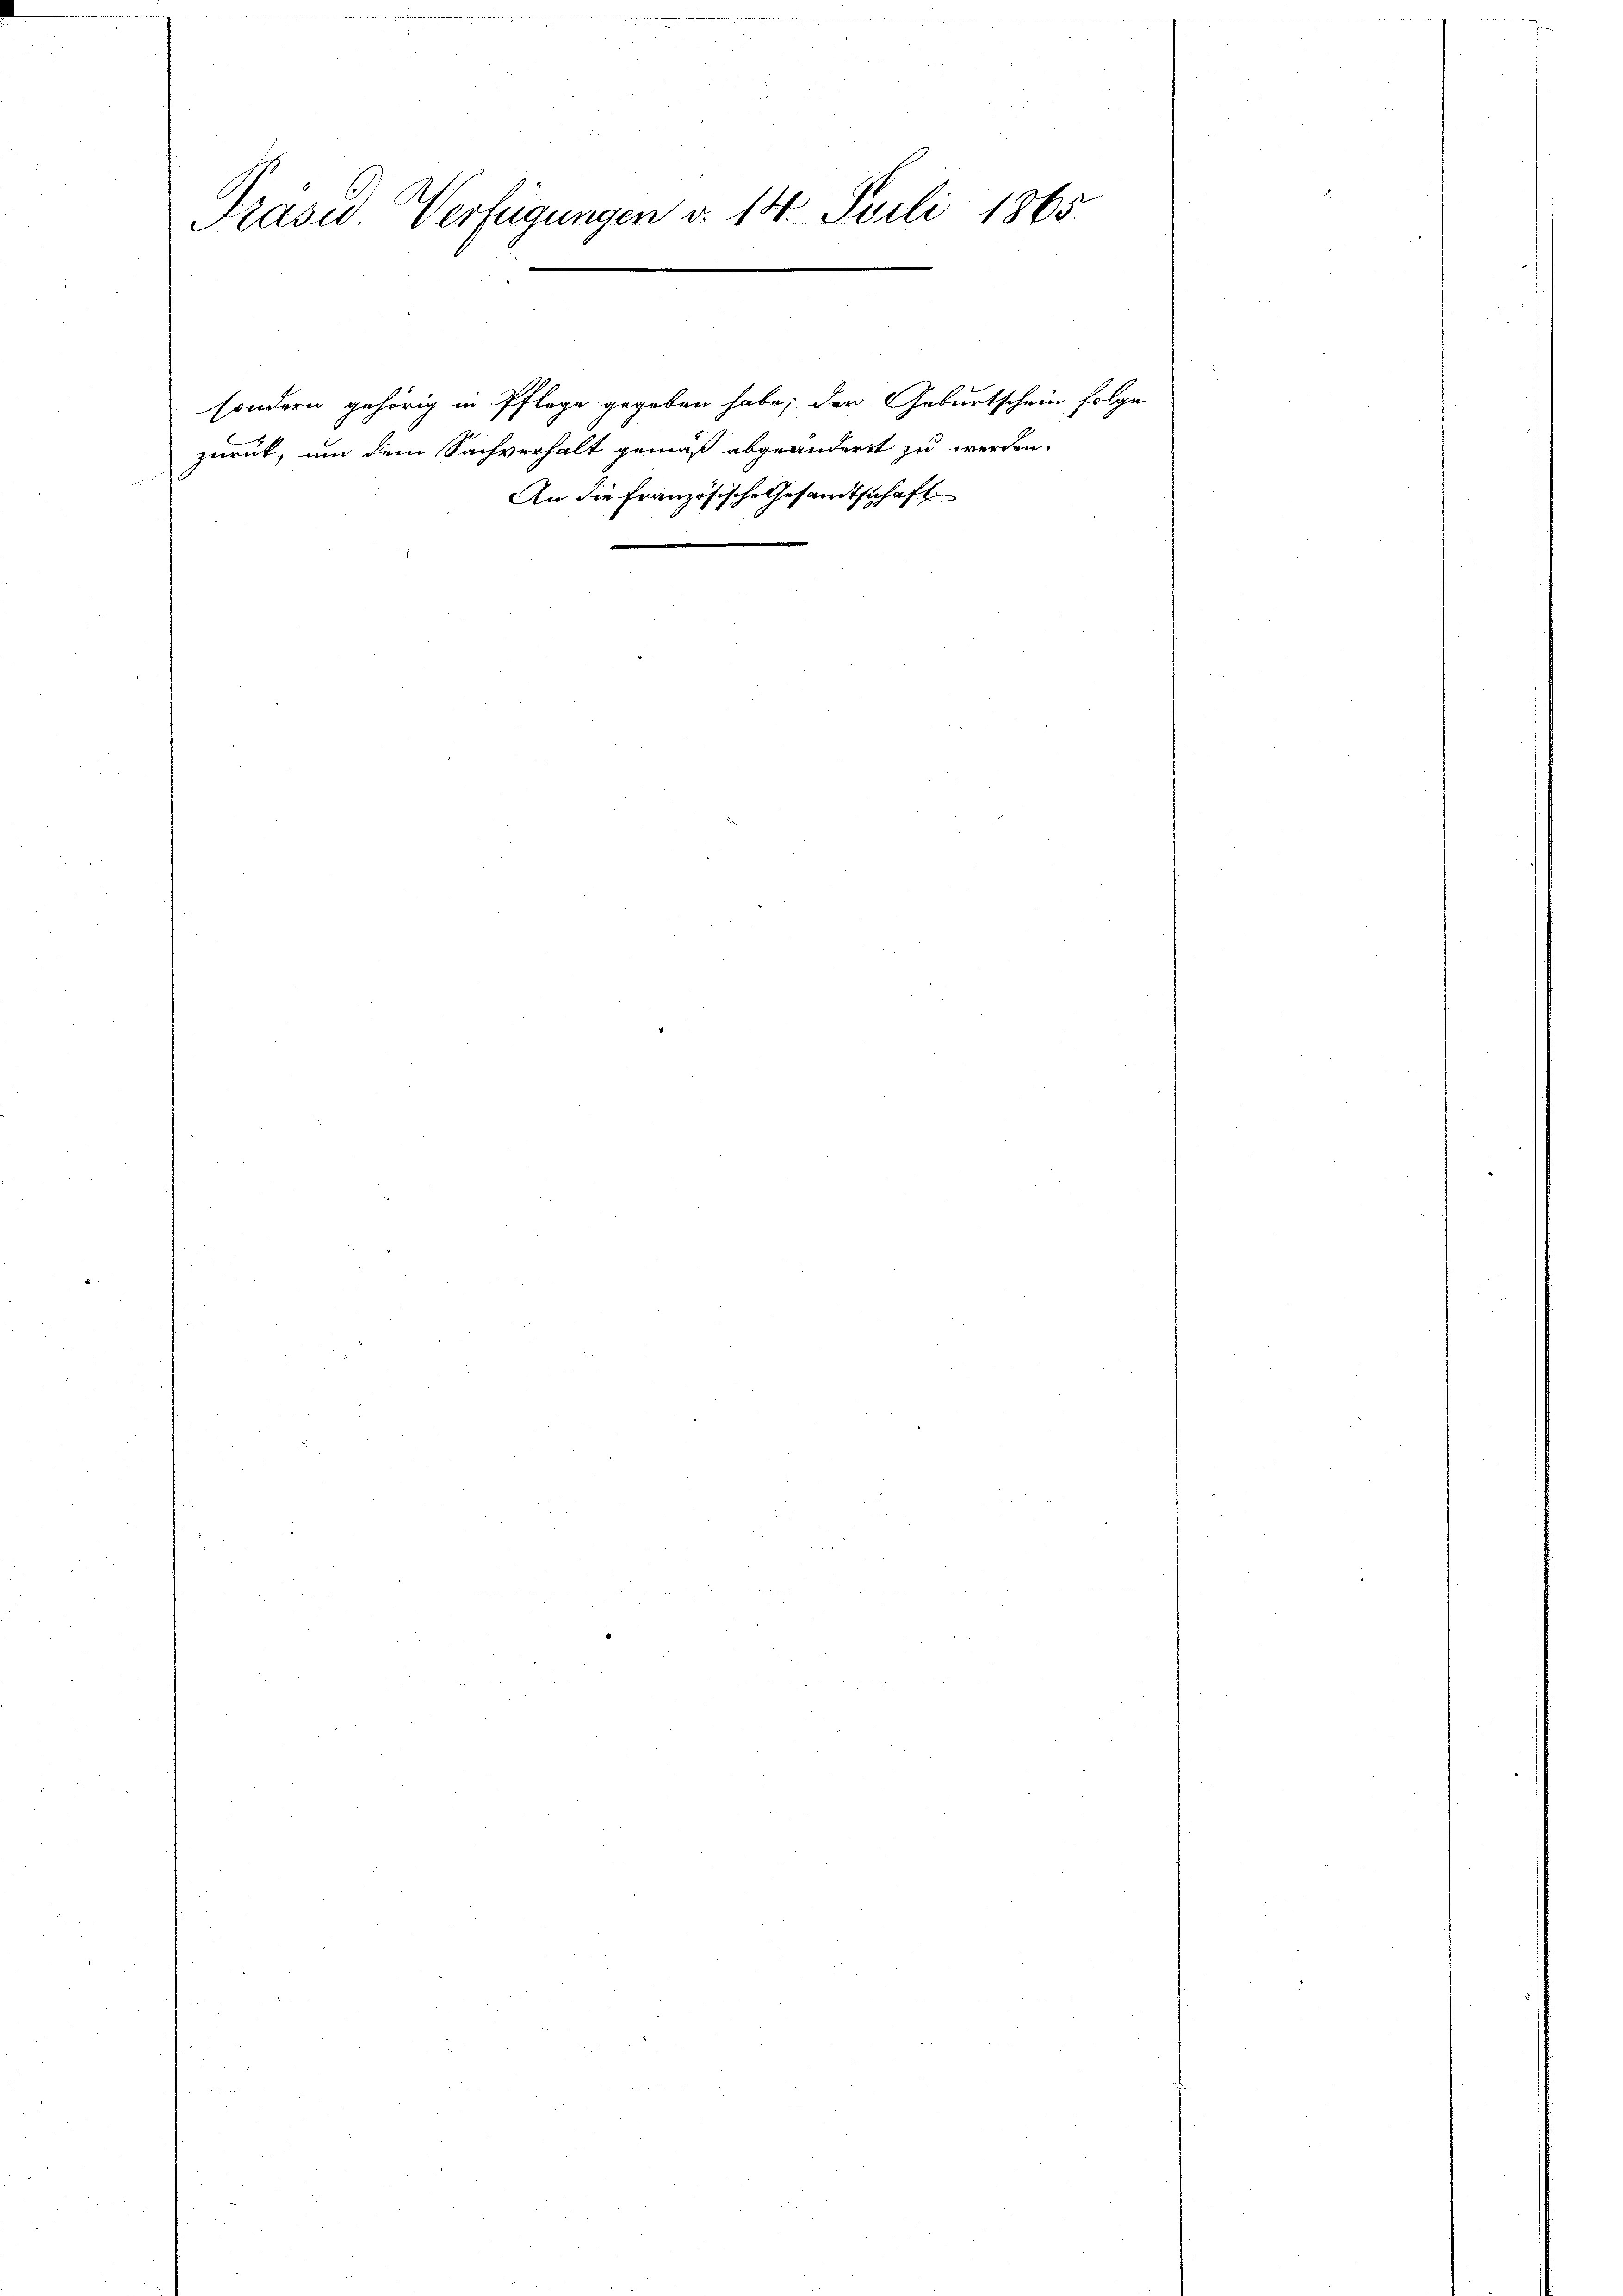
Präsid. Verfügungen v. 14. Juli 1865.

sondern gehörig in Pflege gegeben habe; der Geburtschein folge
zurück, um dem Sachverhalt gemäß abgeändert zu werden.
An die Französische Gesandtschaft